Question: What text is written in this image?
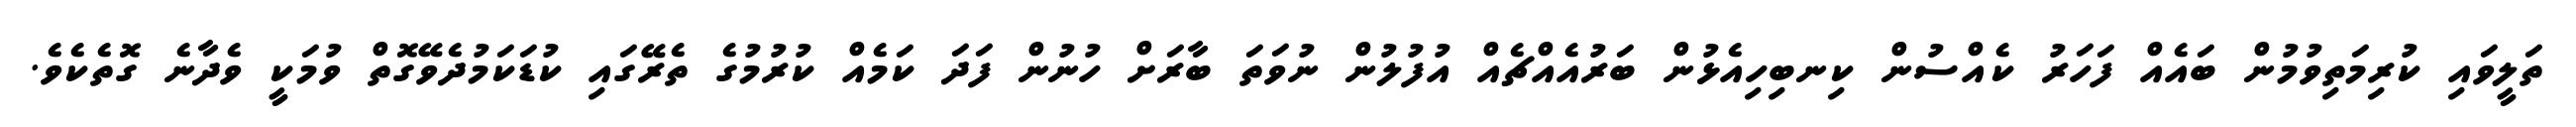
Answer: ތަލީވައި ކުރިމަތިވުމުން ބައެއް ފަހަރު ކެއްސުން ކިނބިހިއެޅުން ބަރުއެއްޗެއް އުފުލުން ނުވަތަ ބާރަށް ހުނުން ފަދަ ކަމެއް ކުރުމުގެ ތެރޭގައި ކުޑަކަމުދެވޭގޮތް ވުމަކީ ވެދާނެ ގޮތެކެވެ.